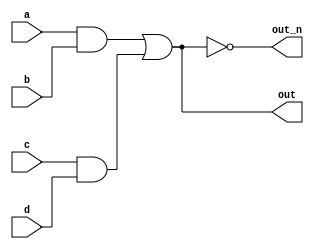
`default_nettype none
module top_module(
    input a,
    input b,
    input c,
    input d,
    output out,
    output out_n   ); 
    wire x1,x2,y;
    assign x1 = a & b;
    assign x2 = c & d;
    assign y = x1 | x2;
    assign out = y;
    assign out_n = ~y;
endmodule